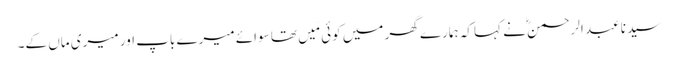
سیدنا عبد الرحمنؓ نے کہا کہ ہمارے گھر میں کوئی مَیں تھا سوائے میرے باپ اور میری ماں کے۔